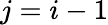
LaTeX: j=i-1